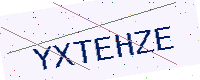
Text: YXTEHZE